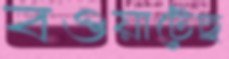
বওয়াটেছ